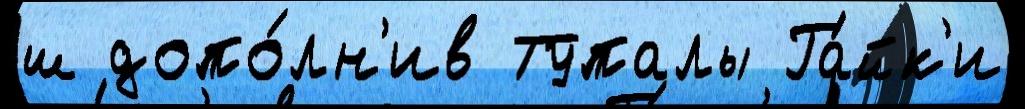
ш допо́лн'ив Тупалы Га́йк'и